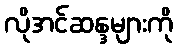
လိုအင်ဆန္ဒများကို